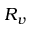
R _ { v }